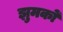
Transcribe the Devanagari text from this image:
झुमकों